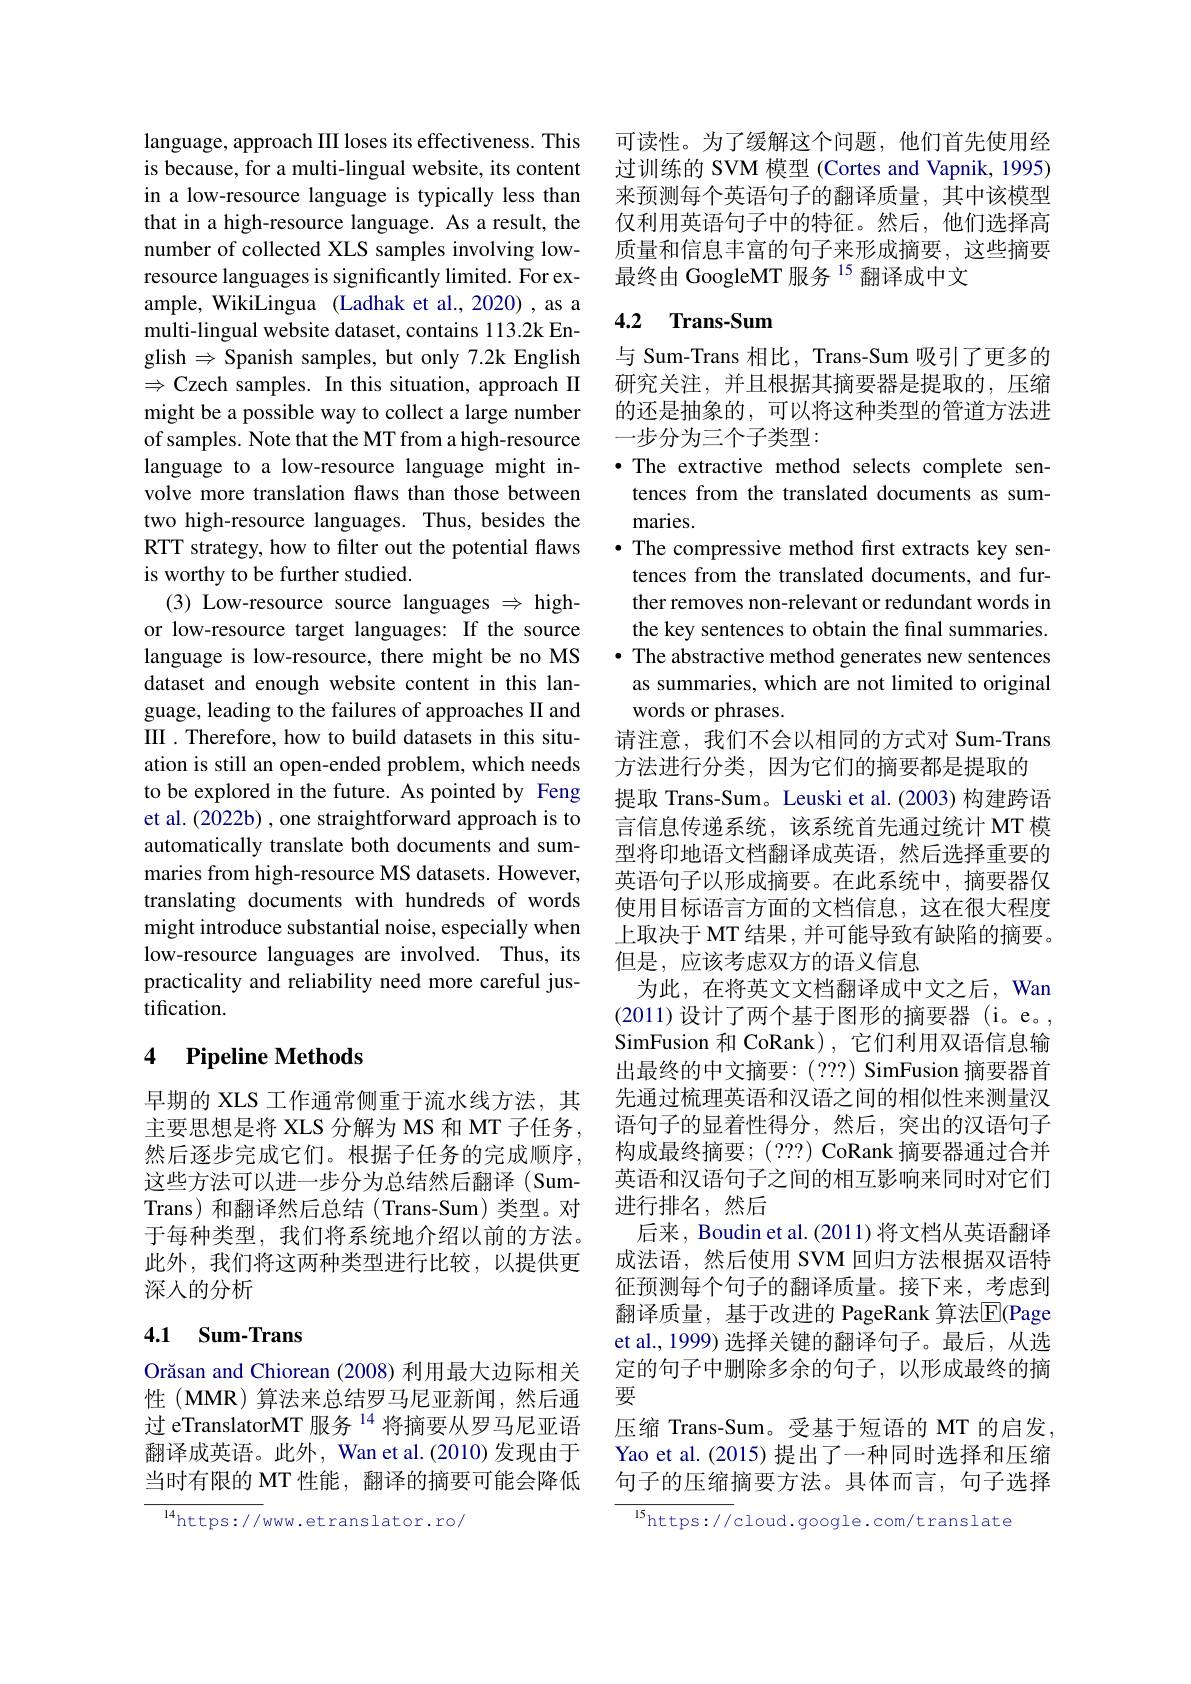
language, approach III loses its effectiveness. This is because, for a multi-lingual website, its content in a low-resource language is typically less than that in a high-resource language. As a result, the number of collected XLS samples involving lowresource languages is significantly limited. For example, WikiLingua (Ladhak et al.,2020),as a multi-lingual website dataset, contains 113.2k English $\Rightarrow$ Spanish samples, but only 7.2k English $\Rightarrow$Czech samples. In this situation, approach II might be a possible way to collect a large number of samples. Note that the MT from a high-resource language to a low-resource language might involve more translation flaws than those between two high-resource languages. Thus, besides the RTT strategy, how to filter out the potential flaws is worthy to be further studied.
(3) Low-resource source languages $\Rightarrow$ highor low-resource target languages: If the source language is low-resource, there might be no MS dataset and enough website content in this language, leading to the failures of approaches II and III . Therefore, how to build datasets in this situation is still an open-ended problem, which needs to be explored in the future. As pointed by Feng et al. (2022b) , one straightforward approach is to automatically translate both documents and summaries from high-resource MS datasets. However, translating documents with hundreds of words might introduce substantial noise, especially when low-resource languages are involved. Thus, its practicality and reliability need more careful justification.

## 4 $\textbf{Pipeline Methods}$

早期的 XLS 工作通常侧重于流水线方法，其主要思想是将 XLS 分解为 MS 和 MT 子任务 , 然后逐步完成它们。根据子任务的完成顺序， 这些方法可以进一步分为总结然后翻译(SumTrans) 和翻译然后总结(Trans-Sum)类型。对于每种类型，我们将系统地介绍以前的方法。此外，我们将这两种类型进行比较，以提供更深人的分析

## 4.1 Sum-Trans

Orăsan and Chiorean (2008) 利用最大边际相关性(MMR)算法来总结罗马尼亚新闻，然后通过 eTranslatorMT 服务 $^{14}$将摘要从罗马尼亚语翻译成英语。此外，Wan et al.(2010) 发现由于当时有限的 MT 性能，翻译的摘要可能会降低

${\frac{^{14}\mathrm{https://}}\mathrm{www.etranslator.ro/}}$

可读性。为了缓解这个问题，他们首先使用经过训练的 SVM 模型 (Cortes and Vapnik, 1995) 来预测每个英语句子的翻译质量，其中该模型仅利用英语句子中的特征。然后，他们选择高质量和信息丰富的句子来形成摘要，这些摘要最终由 GoogleMT 服务$^{15}$翻译成中文

## 4.2 Trans-Sum

与 Sum-Trans 相比，Trans-Sum 吸引了更多的研究关注，并且根据其摘要器是提取的，压缩的还是抽象的，可以将这种类型的管道方法进一步分为三个子类型：
·The extractive method selects complete sen-
tences from the translated documents as sum-
maries.
· The compressive method first extracts key sen-
tences from the translated documents, and further removes non-relevant or redundant words in the key sentences to obtain the final summaries.
· The abstractive method generates new sentences as summaries, which are not limited to original words or phrases.
请注意，我们不会以相同的方式对 Sum-Trans
方法进行分类，因为它们的摘要都是提取的
提取 Trans-Sum。Leuski et al.(2003) 构建跨语言信息传递系统，该系统首先通过统计 MT 模型将印地语文档翻译成英语，然后选择重要的英语句子以形成摘要。在此系统中，摘要器仅使用目标语言方面的文档信息，这在很大程度上取决于 MT 结果 , 并可能导致有缺陷的摘要。但是，应该考虑双方的语义信息
为此，在将英文文档翻译成中文之后，Wan (2011)设计了两个基于图形的摘要器(i。e。, SimFusion 和 CoRank), 它们利用双语信息输出最终的中文摘要：(??) SimFusion 摘要器首先通过梳理英语和汉语之间的相似性来测量汉语句子的显着性得分，然后，突出的汉语句子构成最终摘要；( ???) CoRank 摘要器通过合并英语和汉语句子之间的相互影响来同时对它们进行排名，然后
后来，Boudin et al. (2011) 将文档从英语翻译成法语，然后使用 SVM 回归方法根据双语特征预测每个句子的翻译质量。接下来，考虑到翻译质量，基于改进的 PageRank 算法$\overline{\mathrm{E}}$(Page et al., 1999) 选择关键的翻译句子。最后，从选定的句子中删除多余的句子，以形成最终的摘要
压缩 Trans-Sum。受基于短语的 MT 的启发， Yao et al. (2015) 提出了一种同时选择和压缩句子的压缩摘要方法。具体而言，句子选择${\frac{15}{\mathrm{https://cloud.google.com/translate}}}$